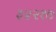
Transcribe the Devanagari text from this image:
३४२१७